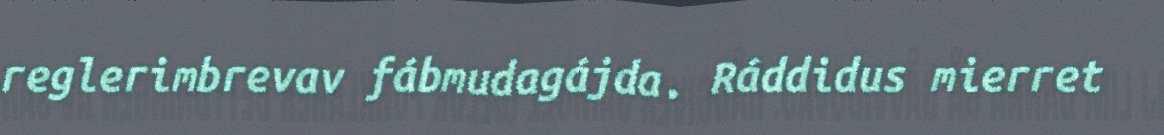
reglerimbrevav fábmudagájda. Ráddidus mierret